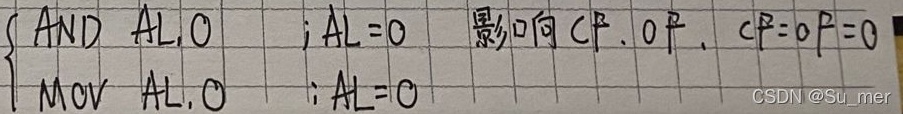
\(\begin{cases}
\text{AND } AL,0 \quad ; AL = 0 \quad \text{影响CF, OF, } CF = OF = 0\\
\text{MOV } AL,0 \quad ; AL = 0
\end{cases}\)